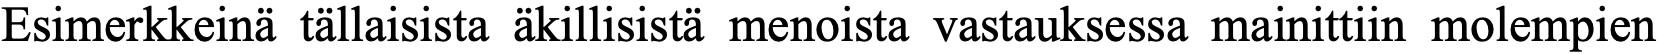
Esimerkkeinä tällaisista äkillisistä menoista vastauksessa mainittiin molempien